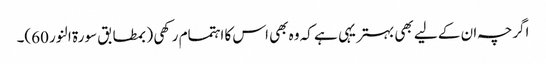
اگرچہ ان کے لیے بھی بہتر یہی ہے کہ وہ بھی اس کا اہتمام رکھی (بمطابق سورۃ النور 60)۔